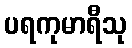
ပရကုမာရီသု